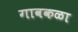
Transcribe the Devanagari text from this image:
गावकळा